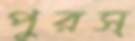
পুরস্